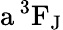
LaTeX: \mathrm{a\, ^{3}F_{J}}